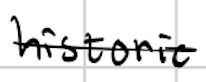
Text: historic
Cross-out: mix
Writing tool: digital_black